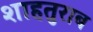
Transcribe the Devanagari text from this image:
शाहतुराब